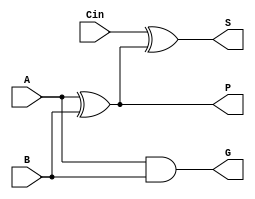
`timescale 1ns / 1ps

//Calculates the propagate, generate, and sum bits
module PFA(
    input A, B, Cin,
    output P, G, S
);
    
    assign P = A ^ B;   //xor gate for propagate
    assign G = A & B;   // and gate for generate
    assign S = Cin ^ P; // xor gate for sum

endmodule